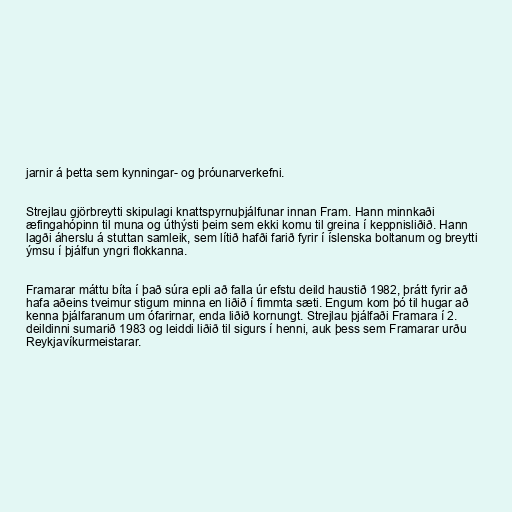
jarnir á þetta sem kynningar- og þróunarverkefni.

Strejlau gjörbreytti skipulagi knattspyrnuþjálfunar innan Fram. Hann minnkaði
æfingahópinn til muna og úthýsti þeim sem ekki komu til greina í keppnisliðið. Hann
lagði áherslu á stuttan samleik, sem lítið hafði farið fyrir í íslenska boltanum og breytti
ýmsu í þjálfun yngri flokkanna.

Framarar máttu bíta í það súra epli að falla úr efstu deild haustið 1982, þrátt fyrir að
hafa aðeins tveimur stigum minna en liðið í fimmta sæti. Engum kom þó til hugar að
kenna þjálfaranum um ófarirnar, enda liðið kornungt. Strejlau þjálfaði Framara í 2.
deildinni sumarið 1983 og leiddi liðið til sigurs í henni, auk þess sem Framarar urðu
Reykjavíkurmeistarar.